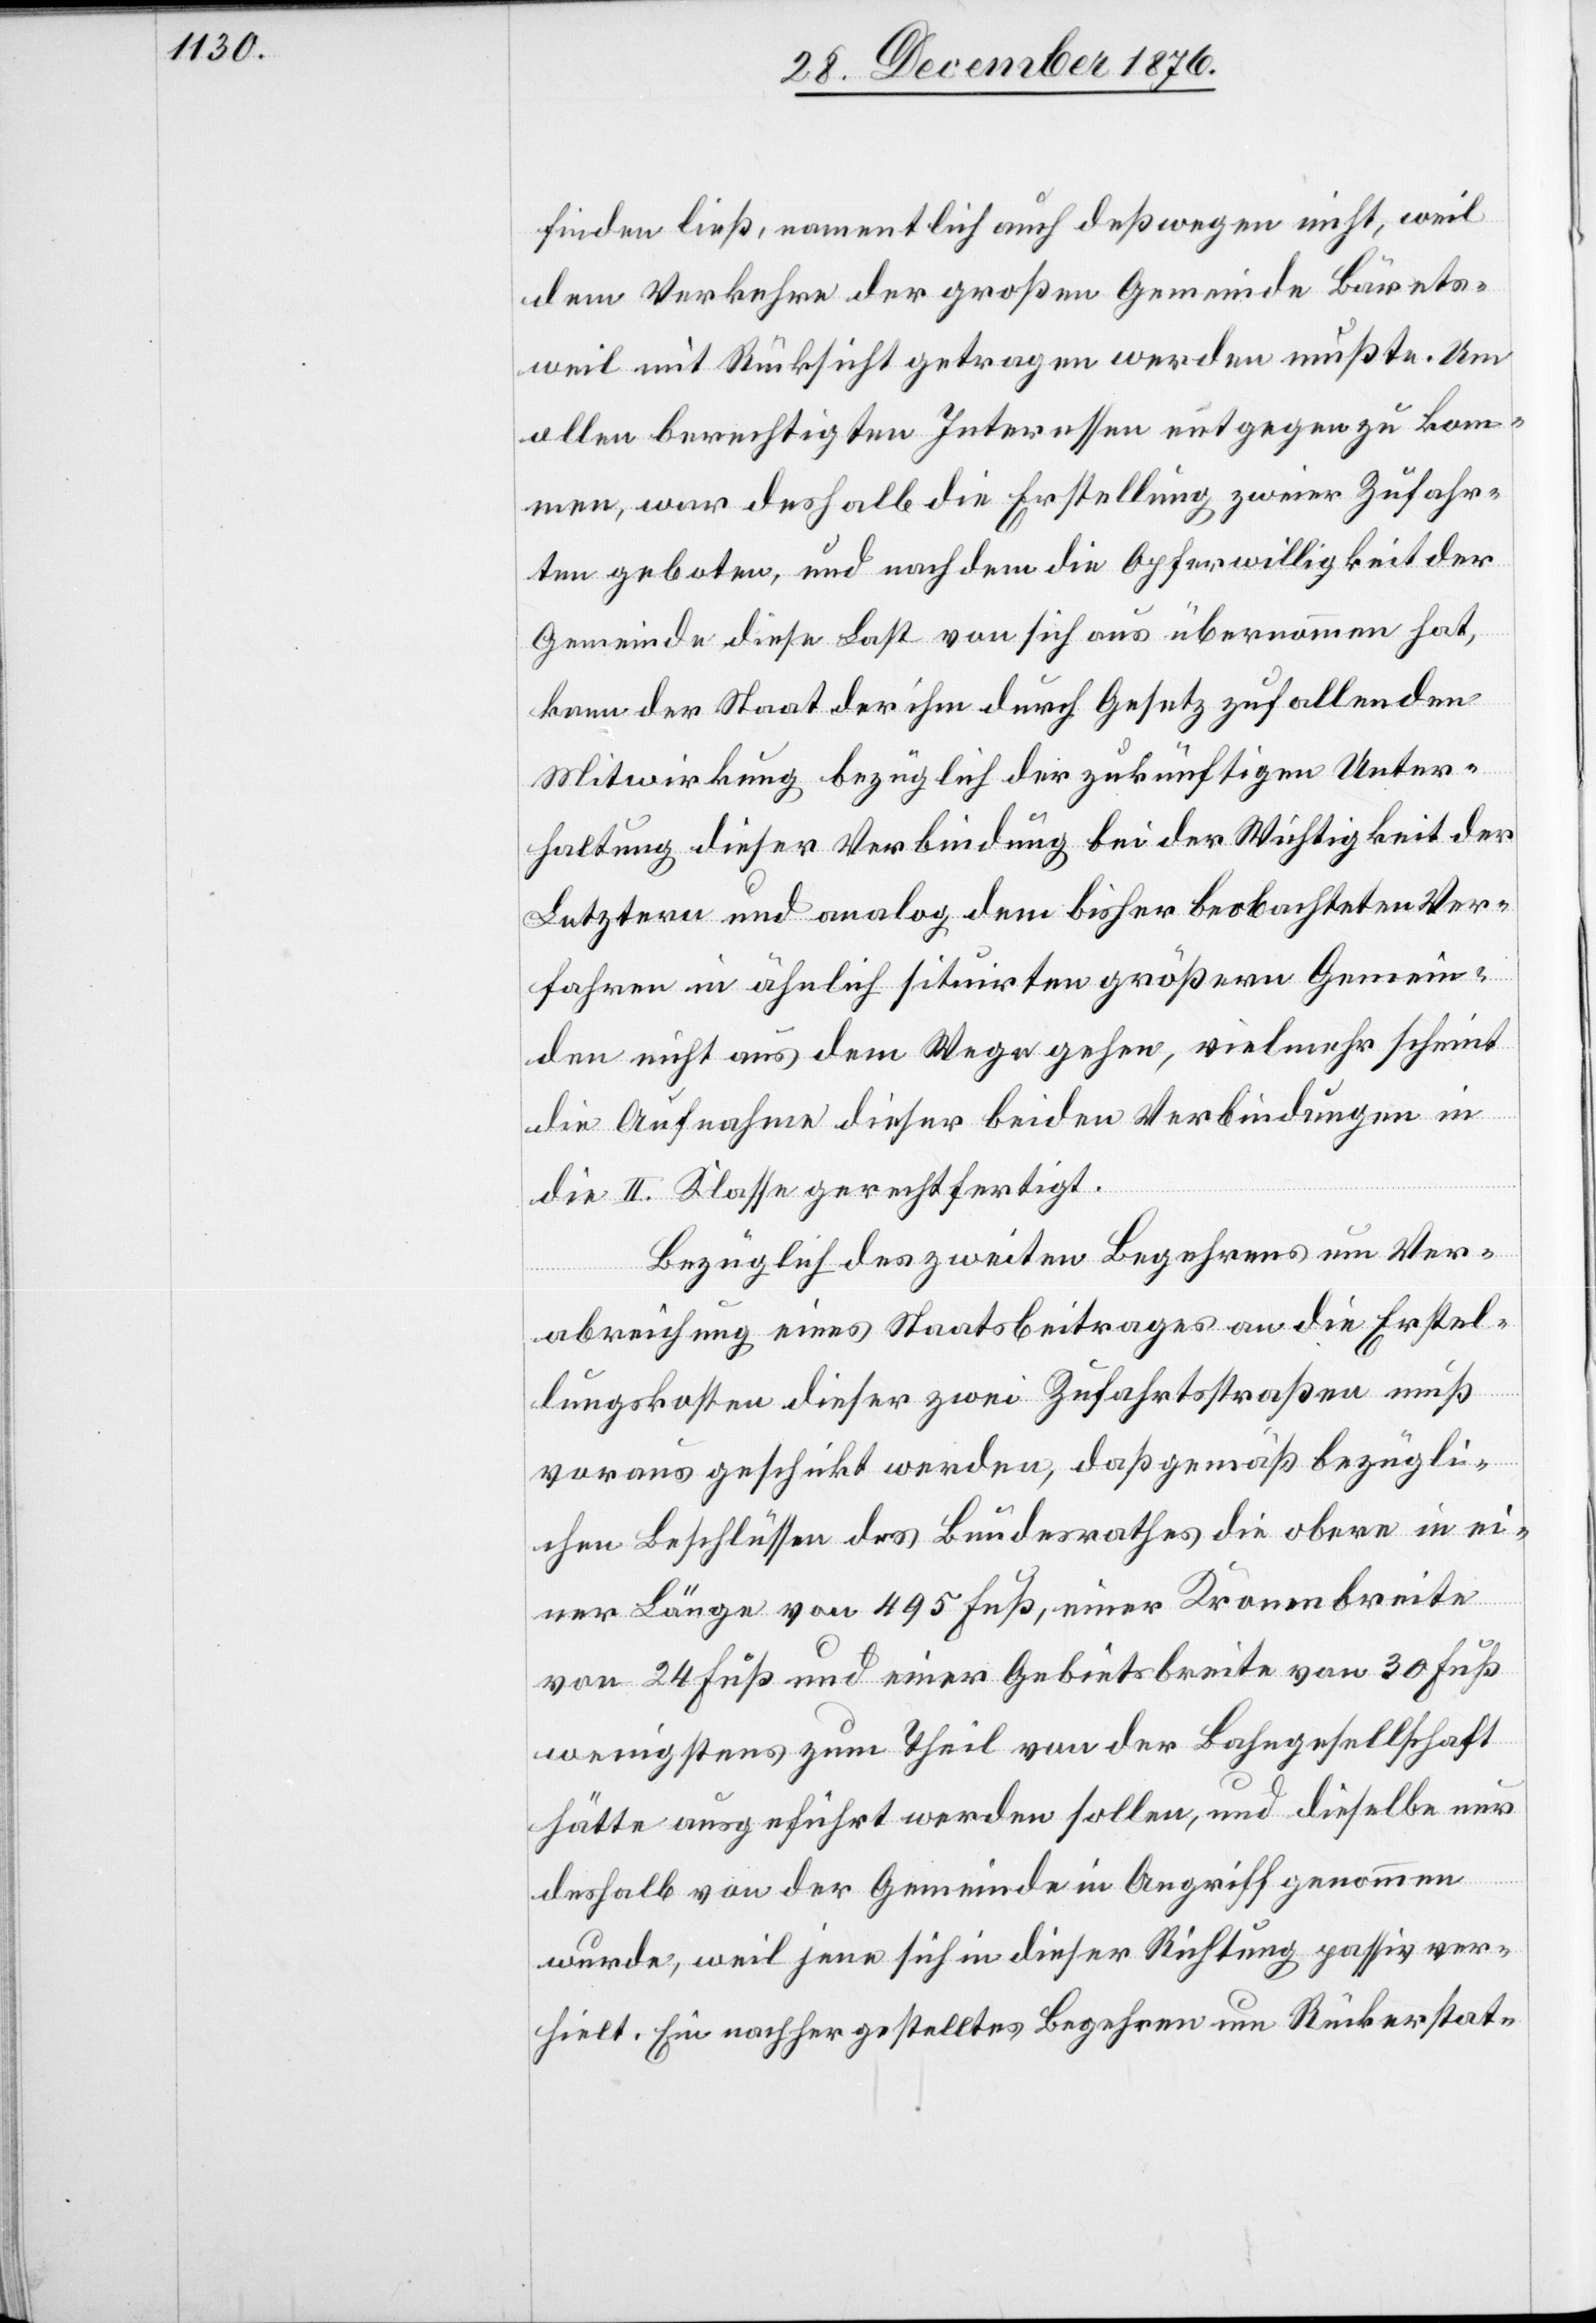
finden ließ, namentlich auch deßwegen nicht, weil
dem Verkehre der großen Gemeinde Bärets¬
weil mit [sic!] Rücksicht getragen werden mußte. Um
allen berechtigten Interessen entgegen zu kom¬
men, war deshalb die Erstellung zweier Zufahr¬
ten geboten, und nachdem die Opferwilligkeit der
Gemeinde diese Last von sich aus übernommen hat,
kann der Staat der ihm durch Gesetz zufallenden
Mitwirkung bezüglich der zukünftigen Unter¬
haltung dieser Verbindung bei der Wichtigkeit der
Letztern und analog dem bisher beobachteten Ver¬
fahren in ähnlich situirten größern Gemein¬
den nicht aus dem Wege gehen, vielmehr, scheint
die Aufnahme dieser beiden Verbindungen in
die II. Klasse gerechtfertigt.
Bezüglich des zweiten Begehrens um Ver¬
abreichung eines Staatsbeitrages an die Erstel¬
lungskosten dieser zwei Zufahrtsstraßen muß
vorausgeschickt werden, daß gemäß bezügli¬
chen Beschlüssen des Bundesrathes die obere in ei¬
ner Länge von 495 Fuß, einer Kronenbreite
von 24 Fuß und einer Gebietsbreite von 30 Fuß
wenigstens zum Theil von der Bahngesellschaft
hätte ausgeführt werden sollen, und dieselbe nur
deshalb von der Gemeinde in Angriff genommen
wurde, weil jene sich in dieser Richtung passiv ver¬
hielt. Ein nachgestelltes Begehren um Rückerstat-